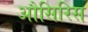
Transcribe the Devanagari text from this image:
औसिरिस